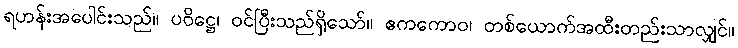
ရဟန်းအပေါင်းသည်။ ပဝိဋ္ဌေ၊ ဝင်ပြီးသည်ရှိသော်။ ဧကကောဝ၊ တစ်ယောက်အထီးတည်းသာလျှင်။